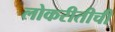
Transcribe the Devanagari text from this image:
लोकरीतीची